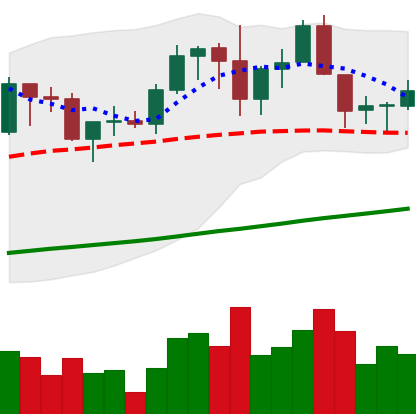
Ticker: ADA-USD
Chart end date: 2019-06-07
Forward return: 12.491%
Label: up_7plus